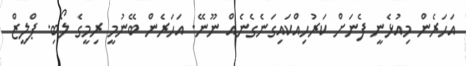
އަހަރެން މިއުޅެނީ ފެނަށް ކަރުހިއްކައިގަނެގެނެއް ނޫނޭ. އަހަރެން ބޭނުމީ ރިމީގެ ލޯބި. ޕްލީޒް